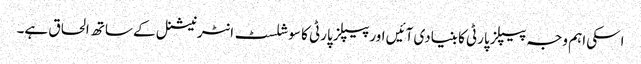
اسکی اہم وجہ پیپلز پارٹی کا بنیادی آئیں اور پیپلز پارٹی کا سوشلسٹ انٹرنیشنل کے ساتھ الحاق ہے۔